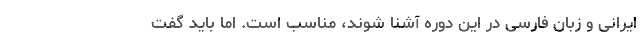
ایرانی و زبان فارسی در این دوره آشنا شوند، مناسب است. اما باید گفت